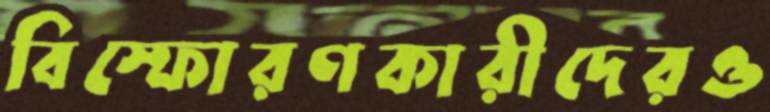
বিস্ফোরণকারীদেরও